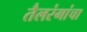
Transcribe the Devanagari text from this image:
तैलरंगांचा